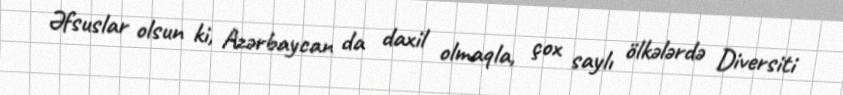
Əfsuslar olsun ki, Azərbaycan da daxil olmaqla, çox saylı ölkələrdə Diversiti